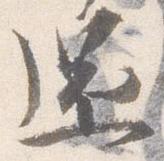
還